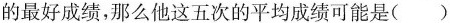
的最好成绩，那么他这五次的平均成绩可能是 ( )